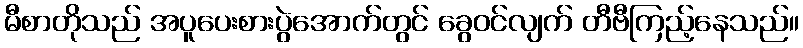
မီစာတိုသည် အပူပေးစားပွဲအောက်တွင် ခွေဝင်လျက် တီဗီကြည့်နေသည်။